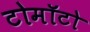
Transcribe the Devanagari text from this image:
टोमॉटो